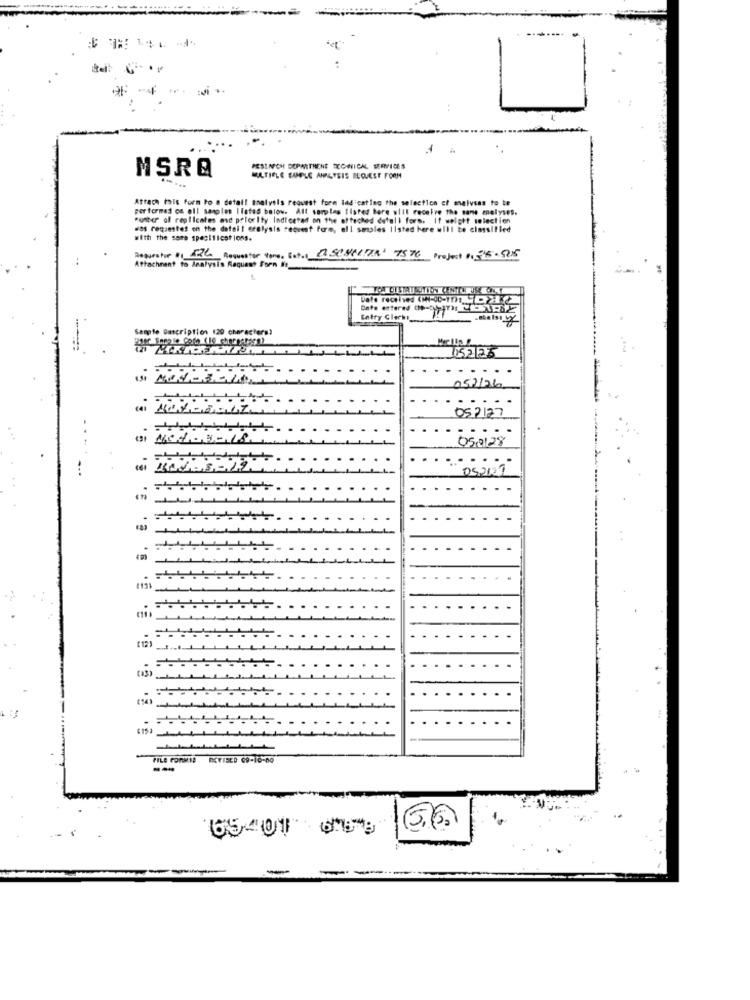
PESLAFCH DOPARTHENE TECHNICAL SERVICES
MSRQ
MULTIPLE SUPLE ANALYSIS REQUEST FORM
Attach tals form to a detall analysis request form lad cating the selection of malvens to te
per formas on oll samples Itated below. Alt sorples listed bore will receive the same znelyses.
"unter of replicates and priority Indicetad on the ofteched detall fors. If weight selection
was requestes on the dafall erelysis request fore, ell soiales Ilsted here will be classified
with the same specifications.
..
Requestor $1 526 Requestor tero, Ext. 12SOUSLITA' 7576 Project 01 55-505
Attachment to Analysis Request Form It
Sample Description 120 characters)
Meclis !
1152 25
...
052126
052127
05.2128
FILE FORMID DCYIELD 69-10-DO
65401 669